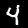
Digit: 4